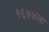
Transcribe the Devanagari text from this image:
१६७४ला